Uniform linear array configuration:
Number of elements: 64
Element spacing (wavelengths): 0.75
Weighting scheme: uniform
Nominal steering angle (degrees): -15
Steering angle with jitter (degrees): -15.303
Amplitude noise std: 0.05
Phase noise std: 0.05

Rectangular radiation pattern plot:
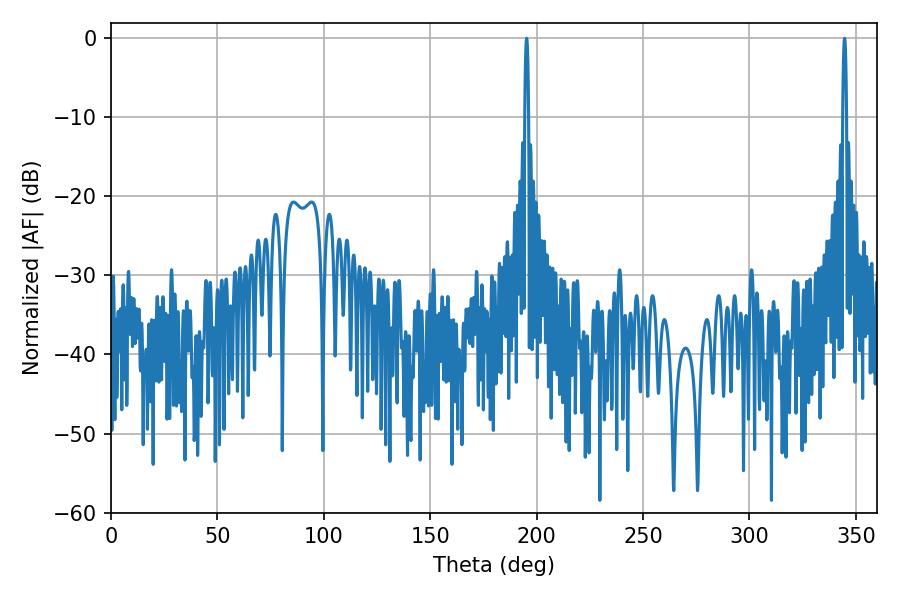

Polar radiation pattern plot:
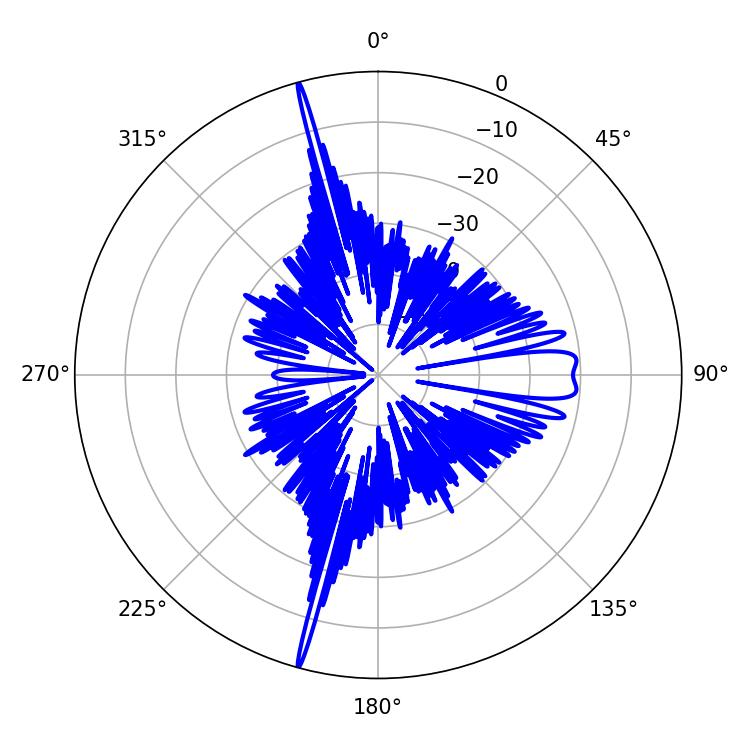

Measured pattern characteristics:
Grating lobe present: TRUE
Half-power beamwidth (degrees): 1.08
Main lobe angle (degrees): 195.3